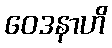
ဝေဒနာဟိ